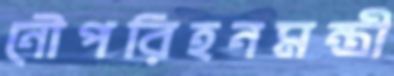
নৌপরিহনমন্ত্রী